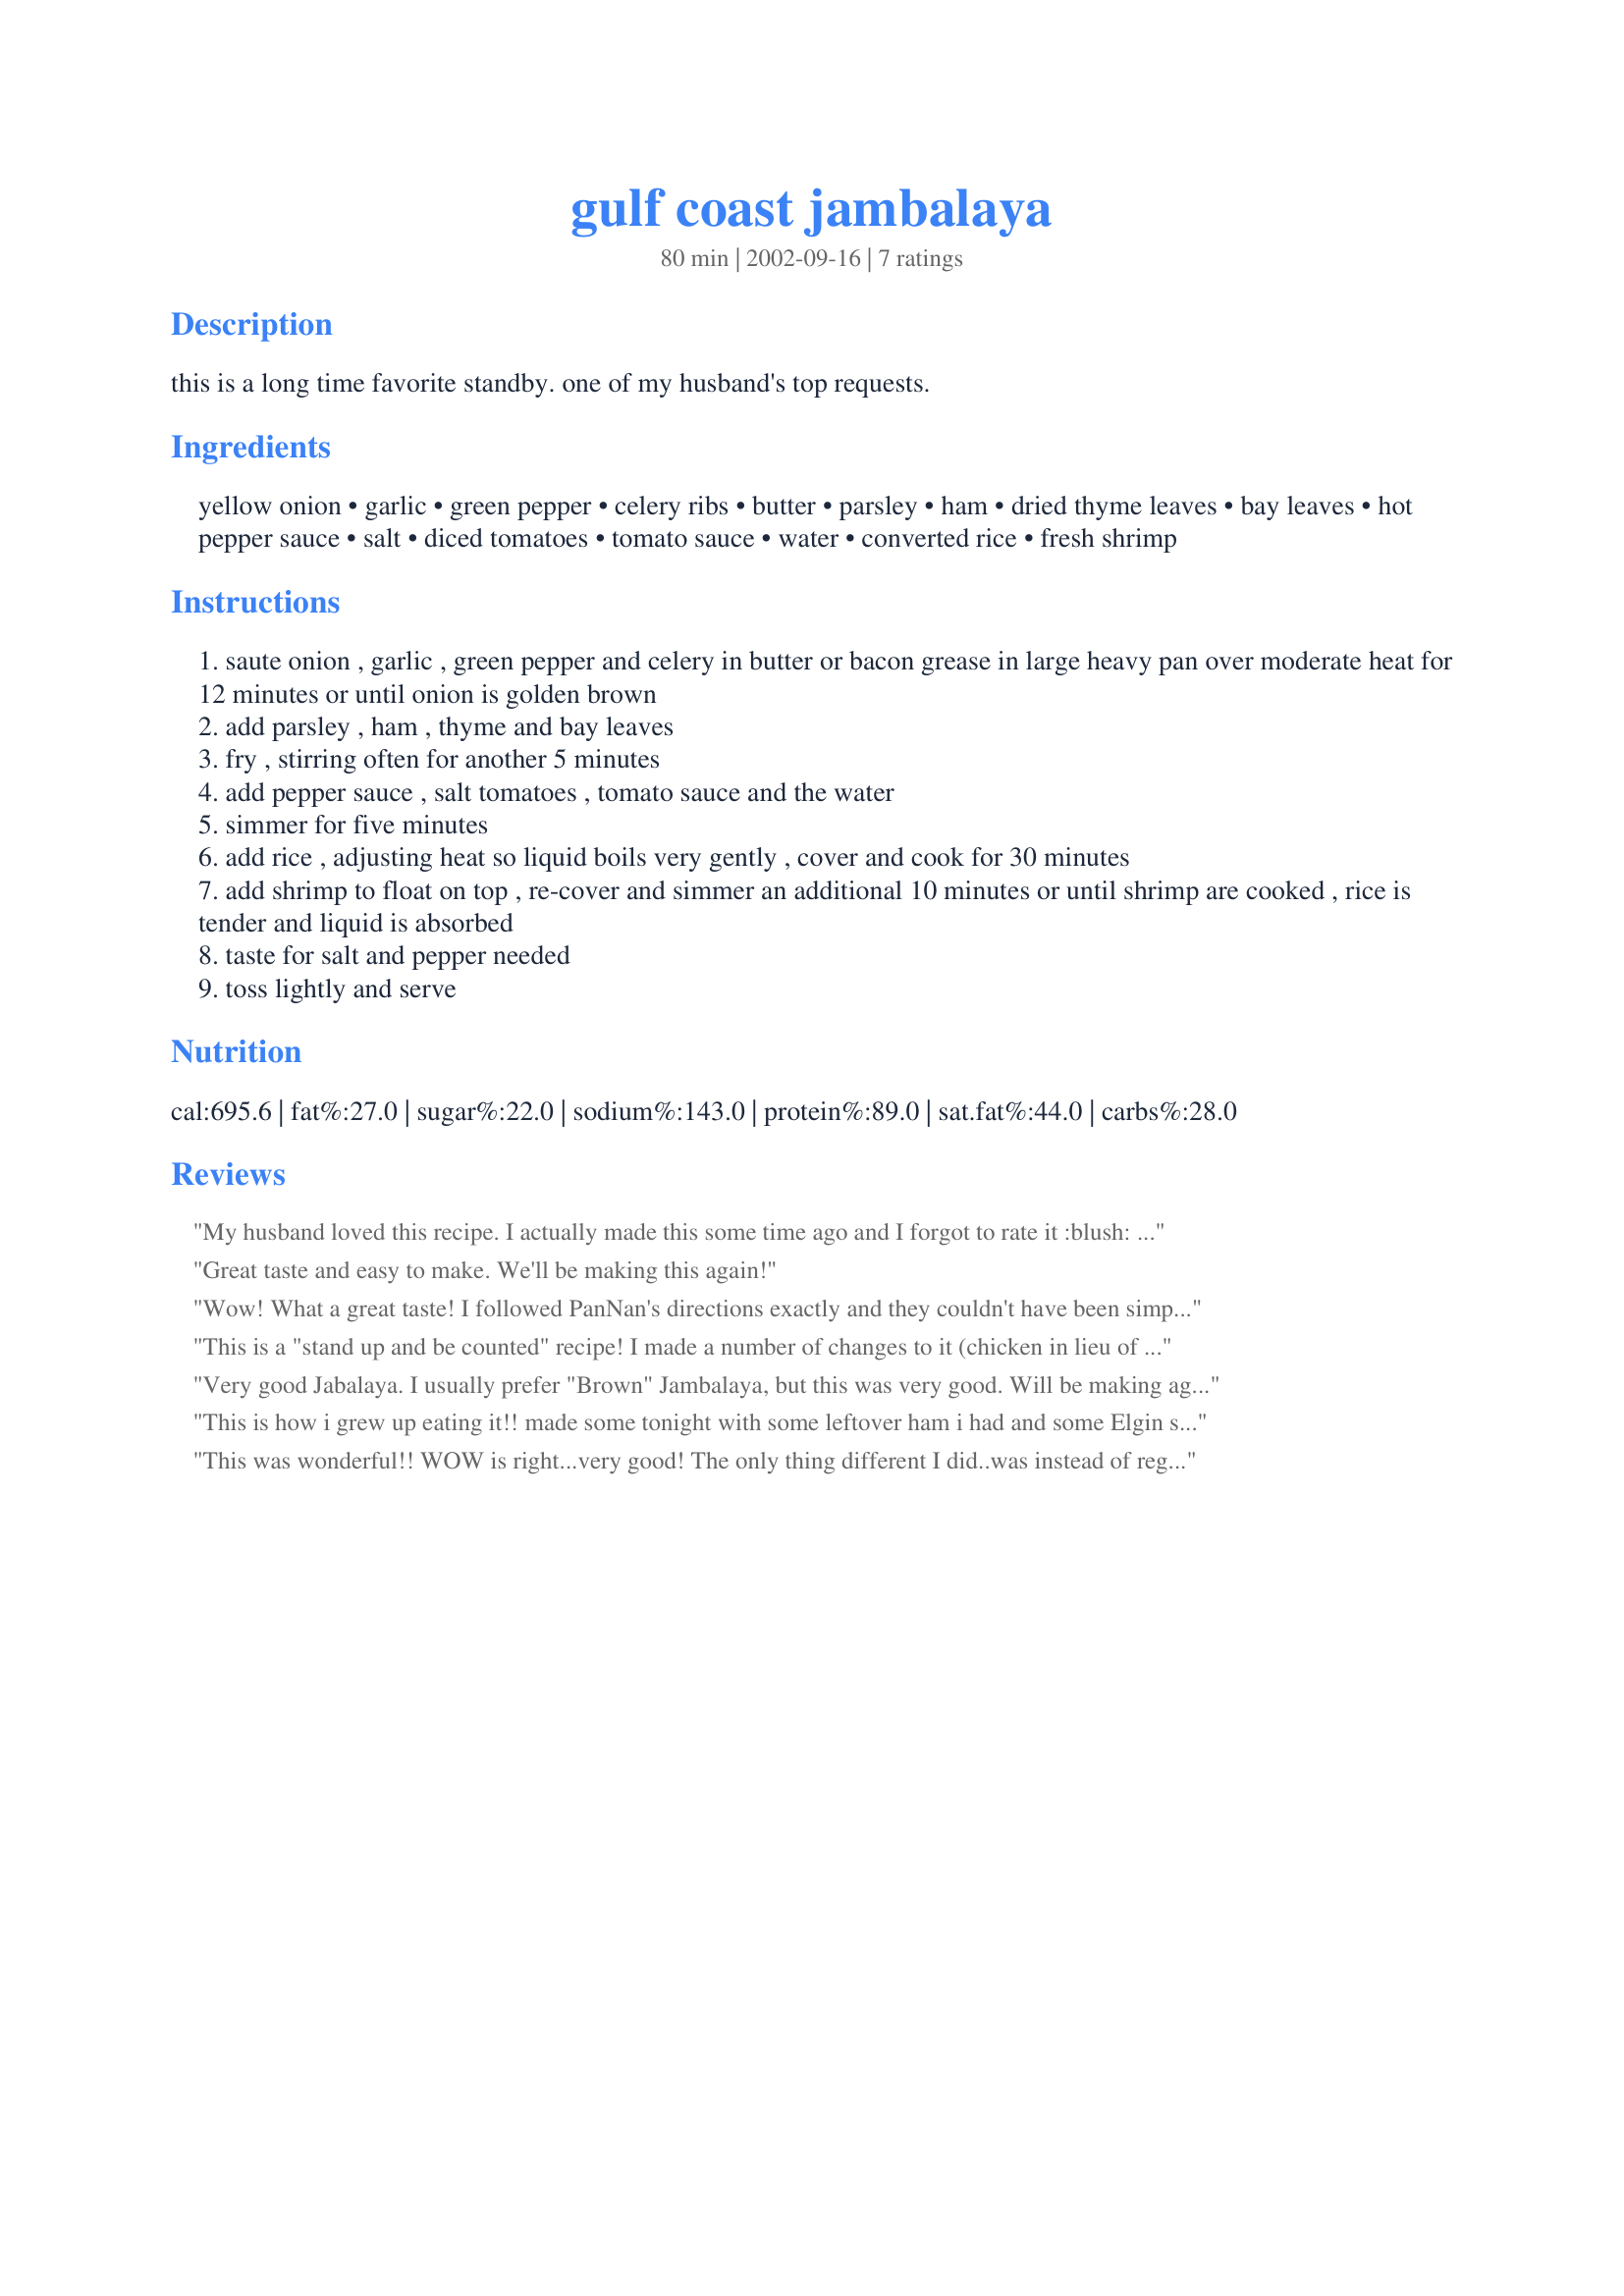
gulf coast jambalaya
Preparation time: 80 minutes

this is a long time favorite standby. one of my husband's top requests.

Ingredients:
yellow onion, garlic, green pepper, celery ribs, butter, parsley, ham, dried thyme leaves, bay leaves, hot pepper sauce, salt, diced tomatoes, tomato sauce, water, converted rice, fresh shrimp

Steps:
saute onion , garlic , green pepper and celery in butter or bacon grease in large heavy pan over moderate heat for 12 minutes or until onion is golden brown
add parsley , ham , thyme and bay leaves
fry , stirring often for another 5 minutes
add pepper sauce , salt tomatoes , tomato sauce and the water
simmer for five minutes
add rice , adjusting heat so liquid boils very gently , cover and cook for 30 minutes
add shrimp to float on top , re-cover and simmer an additional 10 minutes or until shrimp are cooked , rice is tender and liquid is absorbed
taste for salt and pepper needed
toss lightly and serve

Reviews:
My husband loved this recipe. I actually made this some time ago and I forgot to rate it :blush: Easy to prepare and quite tasty.
Great taste and easy to make. We'll be making this again!
Wow! What a great taste! I followed PanNan's directions exactly and they couldn't have been simpler to follow! What a great dish! It's no wonder this is one of your husband's top requests - I know it will be one of my husband's too!! This recipe should serve 4 very hungry people easily! Thanks!.....Oh, did I mention, WOW!!
This is a "stand up and be counted" recipe! I made a number of changes to it (chicken in lieu of shrimp [because the sweetie woke up one day and announced he no longer likes shrimp], a few bacon slices in lieu of ham, my homemade "all purpose tomato sauce base in lieu of regular tomato sauce, a can of Ro-Tel in lieu of the diced tomatoes, added 2 t of oregano and 1/4 t of cayenne - and threw the whole thing in the crockpot to boot) - but I have to say it's tasting so great right now (despite being a few hours from being done) it's taking all of my energy *not* to just plow into it! Of course and since I'm cooking it in the crock, I'm cooking the rice separately and will mix it in 30 minutes or so before serving. This is a total winner, even when modified to suit various needs/lack of ingredients...eileen
Very good Jabalaya. I usually prefer "Brown" Jambalaya, but this was very good. Will be making again. In my house it made way more than 4 - 6 servings. I used Tasso Ham, Cajun Smoked Sausage, a piece of left-over chicken and some fresh jumbo Gulf Shrimp. Very Tasty for sure. Made for Rajun/Cajun/Southern Photo Tag Game 2009.
This is how i grew up eating it!! made some tonight with some leftover ham i had and some Elgin sausage wiht the shrimp! yummy!! No pic's because i really liked yours!!
This was wonderful!!
WOW is right...very good!
The only thing different I did..was instead of regular tomatoe sauce I used El Pato (for a kick)
Instead of diced tomatoes I used Laurie's Baked Tomato recipe#135604. I also included lots of fresh thyme.
Thank you for a great recipe!
